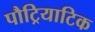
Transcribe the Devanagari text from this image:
पौट्रियाटिक